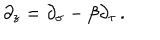
\partial _ { z } = \partial _ { \sigma } - \beta \partial _ { \tau } \, .